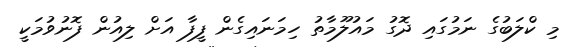
މި ކްލަބުގެ ނަމުގައި ދޮގު މައުލޫމާތު ހިމަނައިގެން ފީފާ އަށް ލިއުން ފޮނުވުމަކީ